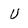
Character: U